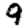
Digit: 9